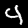
Label: 4